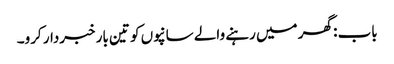
باب : گھر میں رہنے والے سانپوں کو تین بار خبردار کرو۔